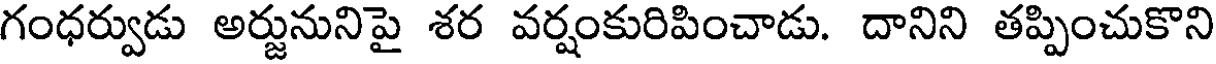
గంధర్వుడు అర్జునునిపై శర వర్షంకురిపించాడు. దానిని తప్పించుకొని